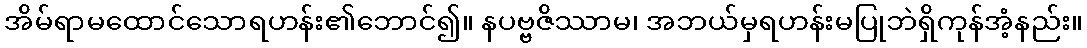
အိမ်ရာမထောင်သောရဟန်း၏ဘောင်၍။ နပဗ္ဗဇိဿာမ၊ အဘယ်မှရဟန်းမပြုဘဲရှိကုန်အံ့နည်း။